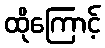
ထိုကြောင့်